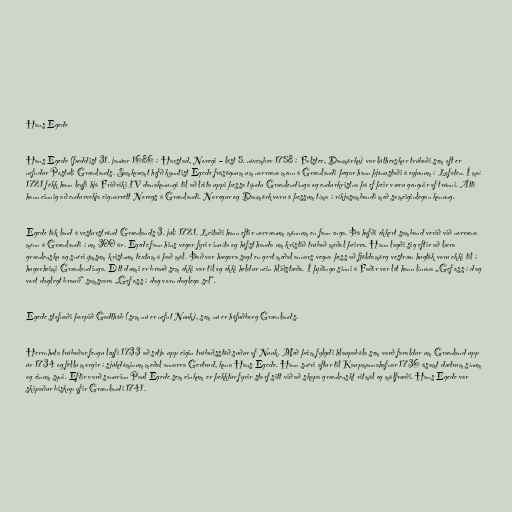
Hans Egede

Hans Egede (fæddist 31. janúar 1686 í Harstad, Noregi – lést 5. nóvember 1758 í Falster, Danmörku) var lútherskur trúboði sem oft er
nefndur Postuli Grænlands. Samkvæmt hefð kynntist Egede frásögnum um norræna menn á Grænlandi þegar hann þjónustaði á eyjunum í Lofoten. Í maí
1721 fékk hann leyfi hjá Friðriki IV danakonungi til að leita uppi þessa týndu Grænlendinga og endurkristna þá ef þeir væru gengnir af trúnni. Átti
hann einnig að endurvekja eignarrétt Noregs á Grænlandi. Noregur og Danmörk voru á þessum tíma í ríkjasambandi með sameiginlegan konung.

Egede tók land á vesturströnd Grænlands 3. júlí 1721. Leitaði hann eftir norrænum mönnum en fann enga. Þá hafði ekkert samband verið við norræna
menn á Grænlandi í um 300 ár. Egede fann hins vegar fyrir inuíta og hófst handa um kristið trúboð meðal þeirra. Hann lagði sig eftir að læra
grænlensku og snéri ýmsum kristnum textum á það mál. Það var hægara sagt en gert meðal annars vegna þess að fjöldamörg vestræn hugtök voru ekki til í
hugarheimi Grænlendinga. Eitt dæmi er brauð sem ekki var til og ekki heldur nein hliðstæða. Í þýðingu sinni á Faðir vor lét hann línuna „Gef oss í dag
vort daglegt brauð“ samsvara „Gef oss í dag vorn daglega sel“.

Egede stofnaði þorpið Godthåb (sem nú er nefnt Nuuk), sem nú er höfuðborg Grænlands.

Herrnhuta trúboðar fengu leyfi 1733 að setja upp eigin trúboðsstöð suður af Nuuk. Með þeim fylgdi hlaupabóla sem varð faraldur um Grænland upp
úr 1734 og féllu margir í sjúkdóminum meðal annarra Gertrud, kona Hans Egede. Hann snéri aftur til Kaupmannahafnar 1736 ásamt dætrum sínum
og einum syni. Eftir varð sonurinn Poul Egede sem einkum er þekktur fyrir starf sitt við að skapa grænlenskt ritmál og málfræði. Hans Egede var
skipaður biskup yfir Grænlandi 1741.